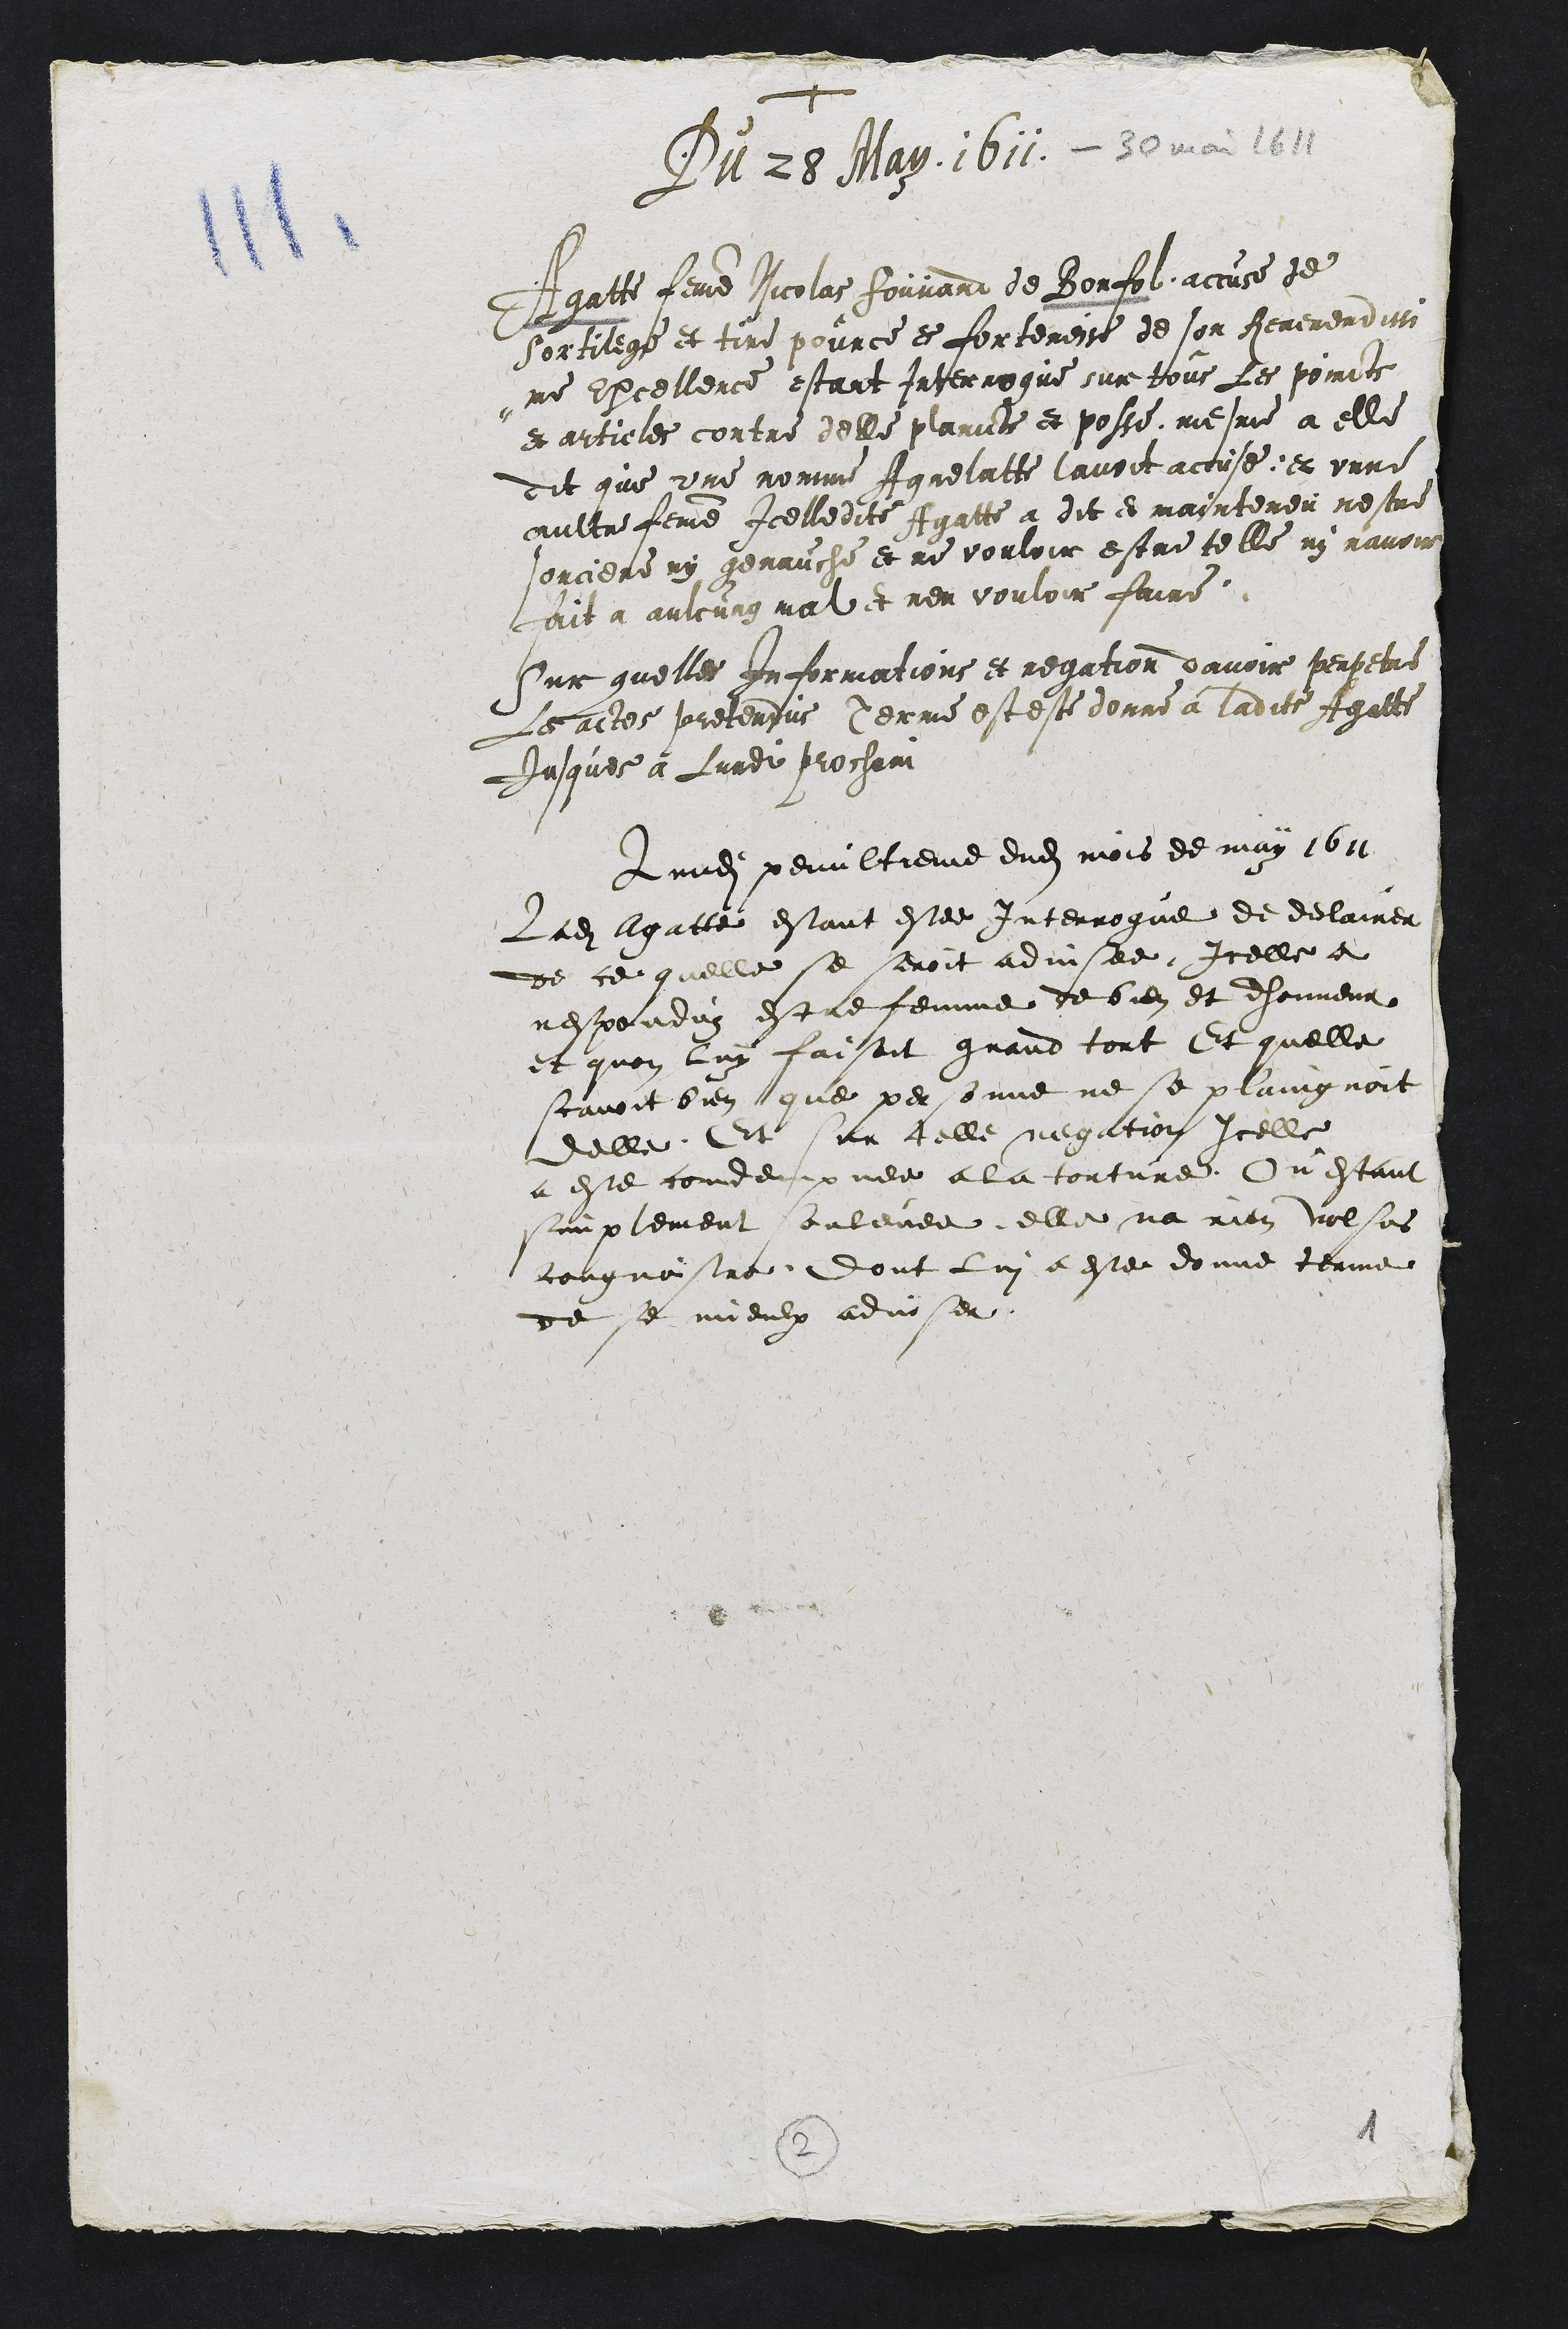
+
Du 28 May 1611
Agatte femme Nicolas Fouvand de Bonfol accuse de
Sortilege et tire pource es forteresse de son Reverendisse
me Excellence estant Interrogue sur tous les poincts
et articles contre delle plaincte et posse, mesme a elle
Dit que une nomme Agnelatte lavoit accuse, et unne
aultre femme Icelledite Agatte a dit et mainteneu nestre
sorciere ny genauche et ne vouloir estre telle ny navoir
fait a aulcung mal et nen vouloir faire
Sur quelles Informations et negation davoir perpetre
Les actes pretendus Terme est este donne a ladite Agatte
Jusques a Lundit prochain
Lundi penultieme dudit mois de may 1611
Ladite Agatte estant estee Interrogue de declairer
de ce quelle se seroit advisee Icelle a
responduz estre femme de bien et dhonneur
et quon luy faisoit grand tort Et quelle
scavoit bien que personne ne se plaingnoit
delle Et sur telle negation Icelle
a este condempnee a la torture Ou estant
simplement soulevee, elle na rien volsus
cougnoistre Dont lui a este donne terme
de se mieulx adviser